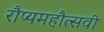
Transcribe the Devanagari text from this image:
रौप्यमहौत्सवी